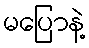
မပြောနဲ့